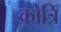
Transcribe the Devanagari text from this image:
क्रोत्रि